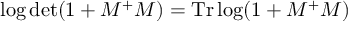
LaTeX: \log \mathrm { d e t } ( 1 + { \cal { M } } ^ { + } { \cal { M } } ) = \mathrm { T r } \log ( 1 + { \cal { M } } ^ { + } { \cal { M } } )